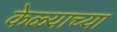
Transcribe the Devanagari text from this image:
केळ्याच्या